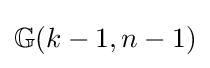
\mathbb {G} (k-1,n-1)